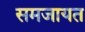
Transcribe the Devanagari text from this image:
समजायत